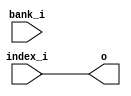
// This program was cloned from: https://github.com/chipsalliance/UHDM-integration-tests
// License: Apache License 2.0

/* Generated by Yosys 0.27+9 (git sha1 101d19bb6, gcc 11.2.0-7ubuntu2 -fPIC -Os) */

(* top =  1  *)

module bsg_hash_bank_reverse(index_i, bank_i, o);
  
  input bank_i;
  wire bank_i;
  
  input [15:0] index_i;
  wire [15:0] index_i;
  
  output [15:0] o;
  wire [15:0] o;
  assign o = index_i;
endmodule